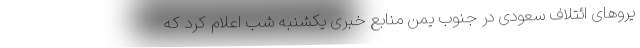
یروهای ائتلاف سعودی در جنوب یمن منابع خبری یکشنبه شب اعلام کرد که